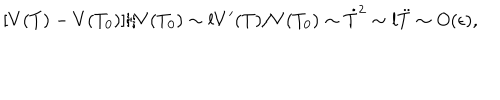
LaTeX: [ V ( T ) - V ( T _ { 0 } ) ] / V ( T _ { 0 } ) \sim l V ^ { \prime } ( T ) / V ( T _ { 0 } ) \sim \dot { T } ^ { 2 } \sim l \ddot { T } \sim O ( \epsilon ) ,